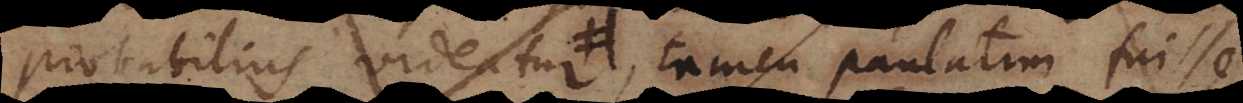
probabilius videatur, paulatim tamen